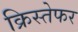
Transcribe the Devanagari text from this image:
क्रिस्तेफर